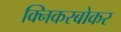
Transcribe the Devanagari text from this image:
क्निकरबोकर